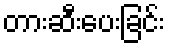
တားဆီးပေးခြင်း